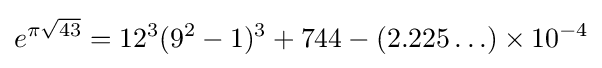
e^{\pi {\sqrt {43}}}=12^{3}(9^{2}-1)^{3}+744-(2.225\ldots )\times 10^{-4}